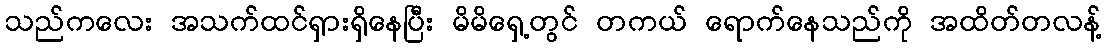
သည်ကလေး အသက်ထင်ရှားရှိနေပြီး မိမိရှေ့တွင် တကယ် ရောက်နေသည်ကို အထိတ်တလန့်